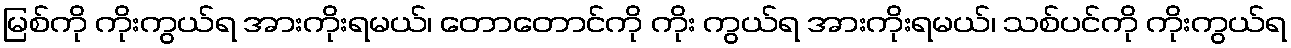
မြစ်ကို ကိုးကွယ်ရ အားကိုးရမယ်၊ တောတောင်ကို ကိုး ကွယ်ရ အားကိုးရမယ်၊ သစ်ပင်ကို ကိုးကွယ်ရ